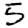
Digit: 5